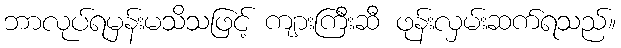
ဘာလုပ်ရမှန်းမသိသဖြင့် ကျားကြီးဆီ ဖုန်းလှမ်းဆက်ရသည်။